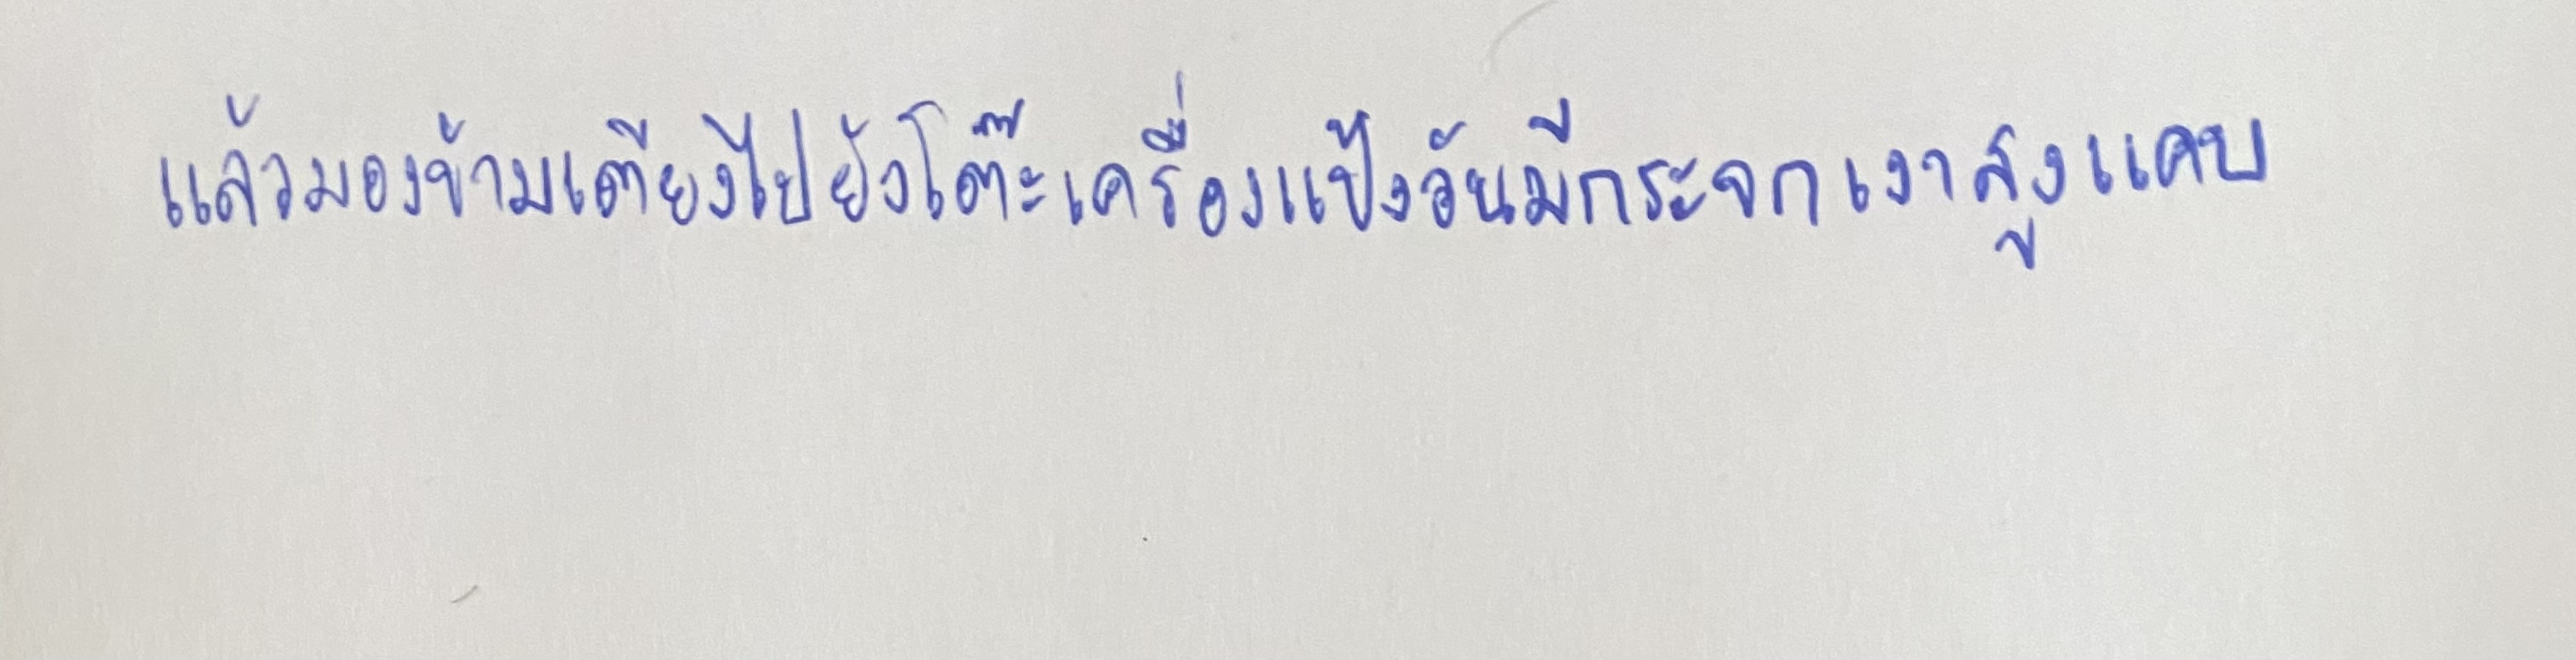
แล้วมองข้ามเตียงไปยังโต๊ะเครื่องแป้งอันมีกระจกเงาสูงแคบ